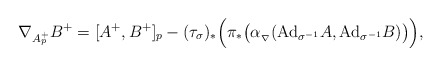
\begin{align*}\nabla_{A^{+}_{p}}B^{+}=[A^{+},B^{+}]_{p}-(\tau_{\sigma})_{*}\Big(\pi_*\big( \alpha_{_{\nabla}}(\mathrm{Ad}_{\sigma^{-1}}A,\mathrm{Ad}_{\sigma^{-1}}B)\big)\Big),\end{align*}